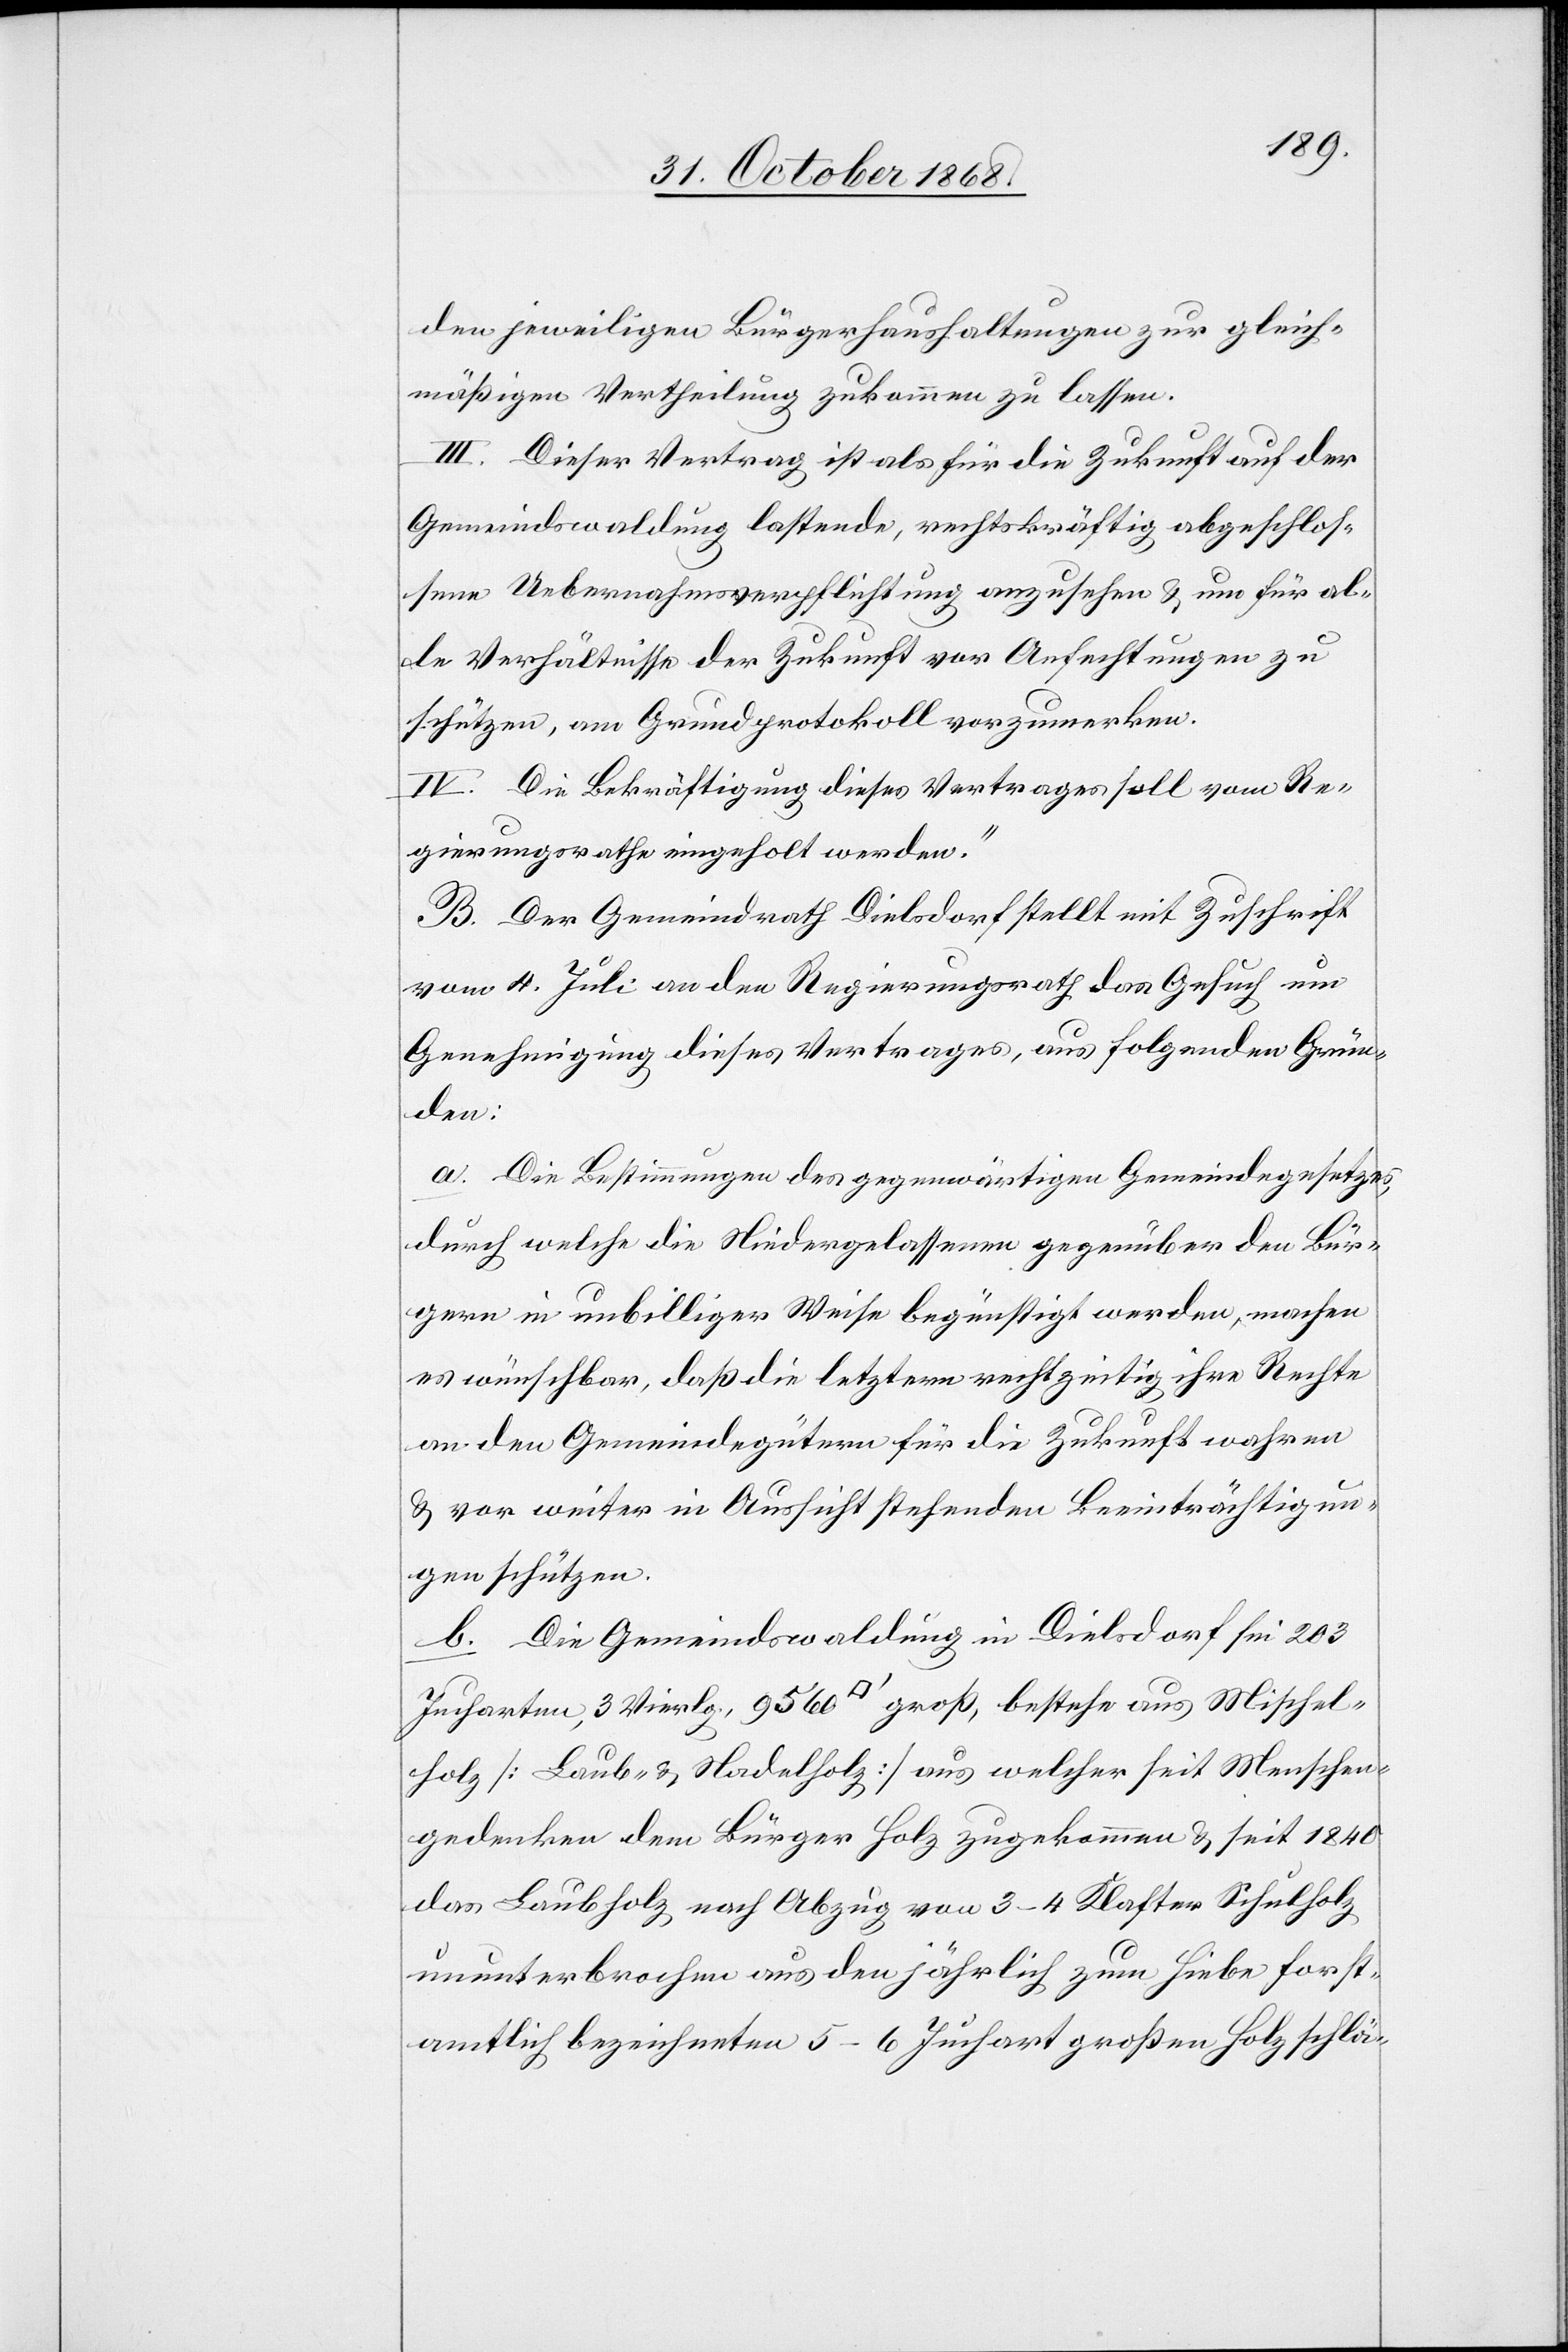
den jeweiligen Bürgerhaushaltungen zur gleich¬
mäßigen Vertheilung zukommen zu lassen.
III. Dieser Vertrag ist als für die Zukunft auf der
Gemeindswaldung lastende, rechtskräftig abgeschlos¬
sene Uebernahmsverpflichtung anzusehen & um für al¬
le Verhältnisse der Zukunft vor Anfechtungen zu
schützen, am Grundprotokoll vorzumerken.
IV. Die Bekräftigung dieses Vertrages soll vom Re¬
gierungsrathe eingeholt werden.“
B. Der Gemeindrath Dielsdorf stellt mit Zuschrift
vom 4. Juli an den Regierungsrath das Gesuch um
Genehmigung dieses Vertrages, aus folgenden Grün¬
den:
a. Die Bestimmungen des gegenwärtigen Gemeindegesetzes,
durch welche die Niedergelassenen gegenüber den Bür¬
gern in unbilliger Weise begünstigt werden, machen
es wünschbar, daß die letztern rechtzeitig ihre Rechte
an den Gemeindegütern für die Zukunft wahren
& vor weiter in Aussicht stehenden Beeinträchtigun¬
gen schützen.
b. Die Gemeindswaldung in Dielsdorf sei 203
Jucharten, 3 Vierlg., 9560 [Quadratfuß] groß, bestehe aus Mischel¬
holz [Laub- & Nadelholz] aus welcher seit Menschen¬
gedenken dem Bürger Holz zugekommen & seit 1840
das Laubholz nach Abzug von 3–4 Klafter Schulholz
ununterbrochen aus den jährlich zum Hiebe forst¬
amtlich bezeichneten 5–6 Juchart großen Holzschlä-